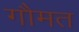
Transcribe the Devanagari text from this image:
गौमत